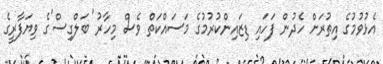
އެޅުވުމުގެ އިތުރަށް ހެދުން ފަހައި ޑިޒައިންކުރުމުގެ މަސައްކަތް ވެސް މިހާރު 'ބަލްގިސް'ގެ ވިޔަފާރީގެ